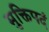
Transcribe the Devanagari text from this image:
मुक्तिपदं